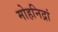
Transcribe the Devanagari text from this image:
मोहनिद्रां